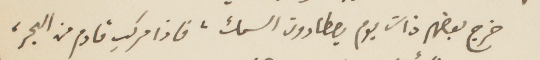
خرج بعضهم ذات يوم يصطادون السمك، فاذا مركب قادم من البحر،